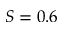
S = 0 . 6